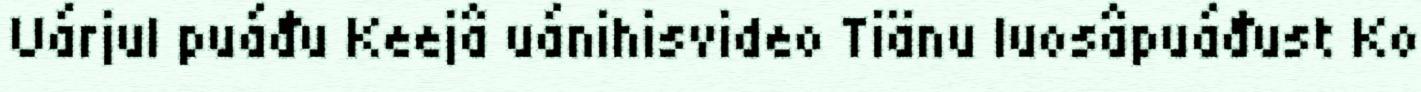
Uárjul puáđu Keejâ uánihisvideo Tiänu luosâpuáđust Ko